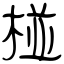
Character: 椪